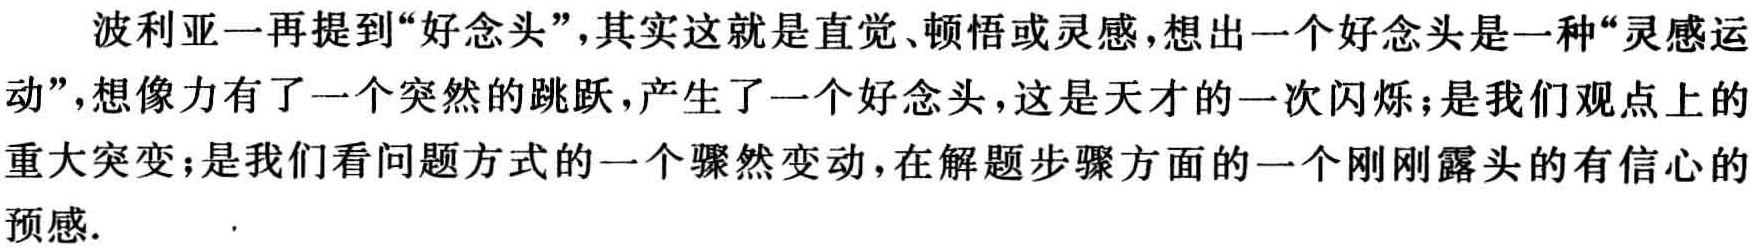
波利亚一再提到“好念头”，其实这就是直觉、顿悟或灵感，想出一个好念头是一种“灵感运动”，想像力有了一个突然的跳跃，产生了一个好念头，这是天才的一次闪烁；是我们观点上的重大突变；是我们看问题方式的一个骤然变动，在解题步骤方面的一个刚刚露头的有信心的预感.